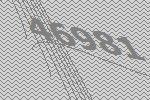
46981